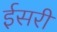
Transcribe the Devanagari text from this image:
ईसरी